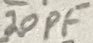
Text: 20PF